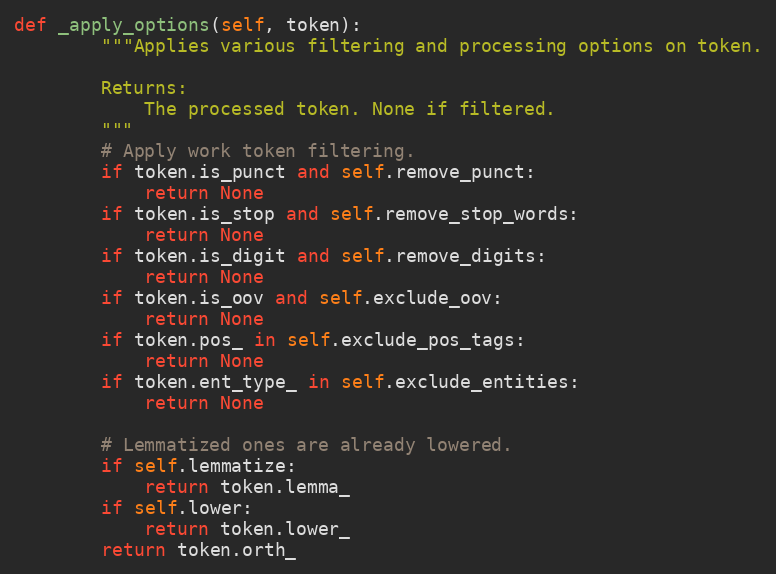
Language: Python
def _apply_options(self, token):
        """Applies various filtering and processing options on token.

        Returns:
            The processed token. None if filtered.
        """
        # Apply work token filtering.
        if token.is_punct and self.remove_punct:
            return None
        if token.is_stop and self.remove_stop_words:
            return None
        if token.is_digit and self.remove_digits:
            return None
        if token.is_oov and self.exclude_oov:
            return None
        if token.pos_ in self.exclude_pos_tags:
            return None
        if token.ent_type_ in self.exclude_entities:
            return None

        # Lemmatized ones are already lowered.
        if self.lemmatize:
            return token.lemma_
        if self.lower:
            return token.lower_
        return token.orth_